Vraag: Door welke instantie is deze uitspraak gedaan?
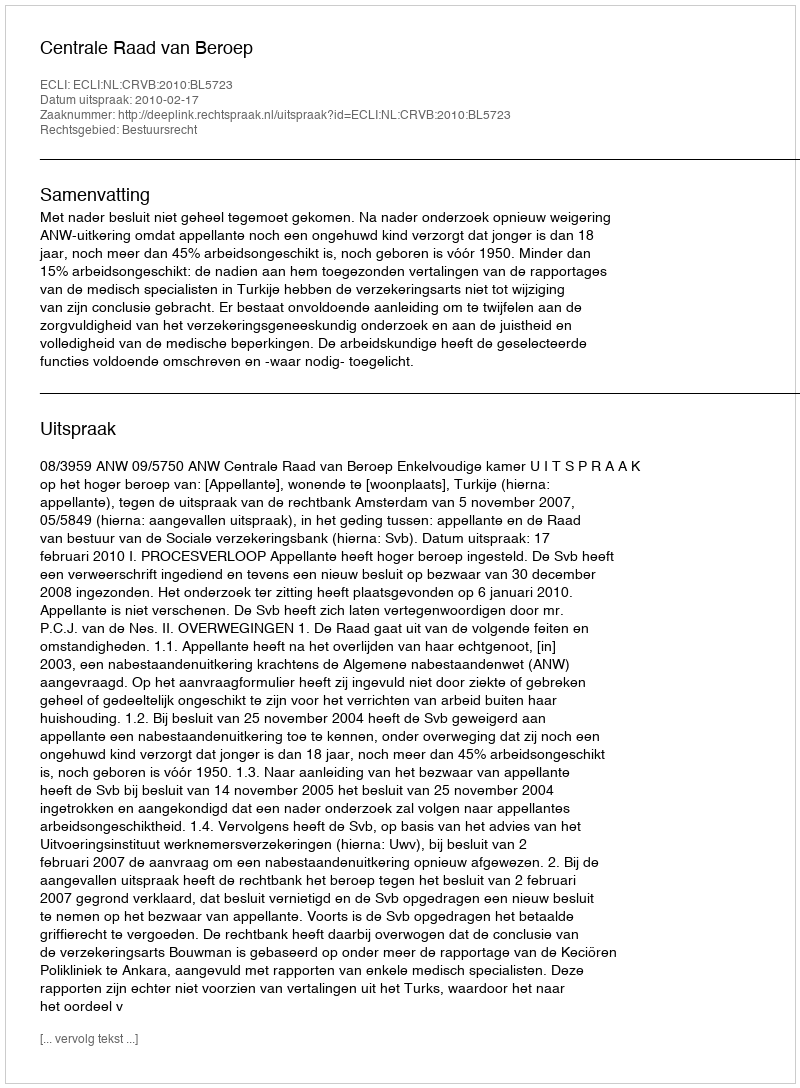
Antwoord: Centrale Raad van Beroep